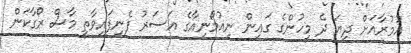
އުމުރާއަށް ދިޔަ ދެ މީހުންގެ ގައިން ނިއުމޯނިއާގެ އަސަރު ފެނިފައިވާތީ މާސް ރޯގާކަން